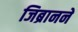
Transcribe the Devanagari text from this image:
जिब्रानने